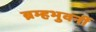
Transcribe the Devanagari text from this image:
ब्रम्हभुवनीं